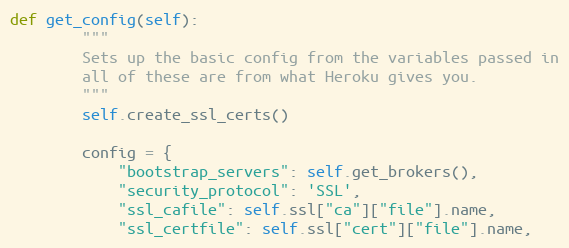
Language: Python
def get_config(self):
        """
        Sets up the basic config from the variables passed in
        all of these are from what Heroku gives you.
        """
        self.create_ssl_certs()

        config = {
            "bootstrap_servers": self.get_brokers(),
            "security_protocol": 'SSL',
            "ssl_cafile": self.ssl["ca"]["file"].name,
            "ssl_certfile": self.ssl["cert"]["file"].name,